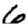
Digit: 6